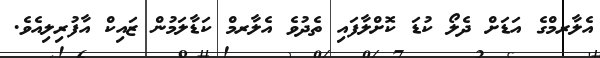
އެލާރމްގެ އަޑަށް ދެލޯ ކުޑަ ކޮށްލާފައި ތެދުވެ އެލާރމް ކަޑާލަމުން ޒައިކް އާފުރިލިއެވެ.